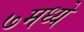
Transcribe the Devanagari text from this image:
७मध्ये